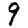
Digit: 9